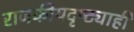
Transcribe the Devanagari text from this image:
राजकीयदृष्ट्याही